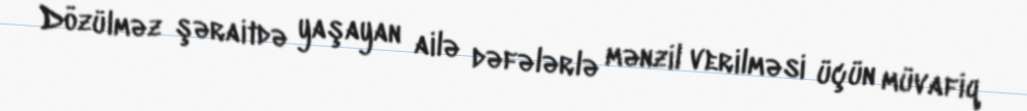
Dözülməz şəraitdə yaşayan ailə dəfələrlə mənzil verilməsi üçün müvafiq